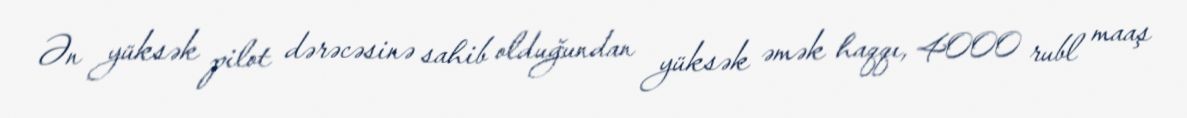
Ən yüksək pilot dərəcəsinə sahib olduğundan yüksək əmək haqqı, 4000 rubl maaş